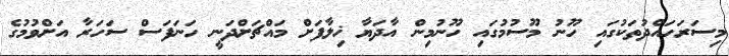
މިސަރަހައްދުތަކުގައި ހޫނު މޫސުމުގައި ހޫނުމިން އާދަޔާ ޚިލާފަށް މައްޗަށްދަނީ ހަނަފަސް ސަހަރާ އަށްވުމުގެ